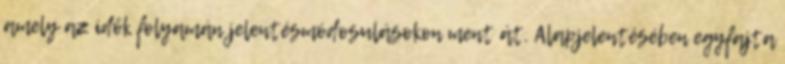
amely az idők folyamán jelentésmódosulásokon ment át. Alapjelentésében egyfajta